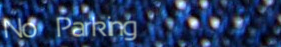
No Parking